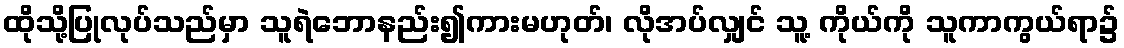
ထိုသို့ပြုလုပ်သည်မှာ သူရဲဘောနည်း၍ကားမဟုတ်၊ လိုအပ်လျှင် သူ့ ကိုယ်ကို သူကာကွယ်ရာ၌